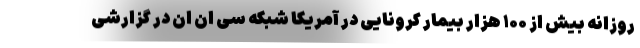
روزانه بیش از ۱۰۰ هزار بیمار کرونایی در آمریکا شبکه سی ان ان در گزارشی